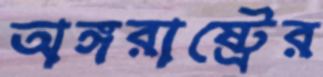
অঙ্গরাষ্ট্রের